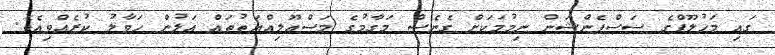
ގައި މަހުލޫފްގެ ސަސްޕެންޝަން ނިމުމަކަށް ގެނެސް މަގާމުގެ މަސްއޫލިއްޔަތުތައް އަލުން ހަވާލު ކުރެއްވިއެވެ.